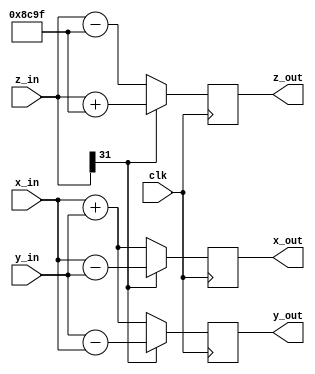
module P_RHC #(
    parameter DATA_WIDTH  = 32,
    parameter signed ATANH = 32'd35999,
    parameter shift = 0
)(
    input wire clk,
    input wire signed [DATA_WIDTH-1:0]x_in,
    input wire signed [DATA_WIDTH-1:0]y_in,
    input wire signed [DATA_WIDTH-1:0]z_in,

    output reg signed [DATA_WIDTH-1:0] x_out,
    output reg signed [DATA_WIDTH-1:0] y_out,
    output reg signed [DATA_WIDTH-1:0] z_out
);

    reg signed [DATA_WIDTH-1:0] x_out_next, y_out_next, z_out_next;
    wire signed [DATA_WIDTH-1:0] shift_x, shift_y;

    always @(posedge clk) begin
        x_out <= x_out_next;
    end

    always @(posedge clk) begin
        y_out <= y_out_next;
    end

    always @(posedge clk) begin
        z_out <= z_out_next;
    end
    
    assign shift_x = x_in >>> shift;
    assign shift_y = y_in >>> shift;

    always @(*) begin
        if(z_in[DATA_WIDTH-1] == 1)
            x_out_next = x_in - shift_y;
        else 
            x_out_next = x_in + shift_y; 
    end

    always @(*) begin
        if(z_in[DATA_WIDTH-1] == 1)
            y_out_next = y_in - shift_x;
        else 
            y_out_next = y_in + shift_x; 
    end
    

    always @(*) begin
        if(z_in[DATA_WIDTH-1] == 1)
            z_out_next = z_in + ATANH;
        else 
            z_out_next = z_in - ATANH; 
    end

endmodule